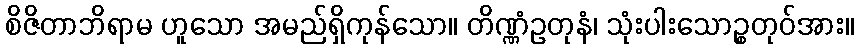
စိဇိတာဘိရာမ ဟူသော အမည်ရှိကုန်သော။ တိဏ္ဏံဥတုနံ၊ သုံးပါးသောဉ္စတုဝ်အား။